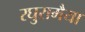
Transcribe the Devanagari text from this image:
रघुरामैया